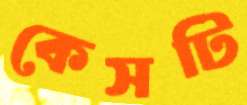
কেসটি